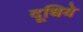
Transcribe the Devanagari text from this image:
दूधिये